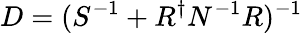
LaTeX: D=(S^{-1}+R^{\dagger}N^{-1}R)^{-1}